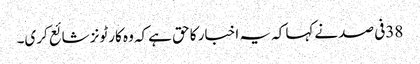
38فی صد نےکہا کہ یہ اخبار کا حق ہےکہ وہ کارٹونز شائع کری۔